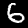
Digit: 6